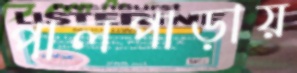
পালপাড়ায়